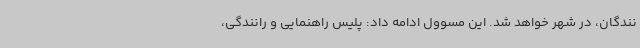
نندگان، در شهر خواهد شد. این مسوول ادامه داد: پلیس راهنمایی و رانندگی،